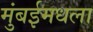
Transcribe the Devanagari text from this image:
मुंबईमधला